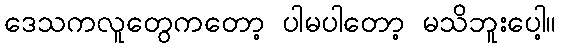
ဒေသကလူတွေကတော့ ပါမပါတော့ မသိဘူးပေါ့။